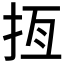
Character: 𢫮